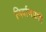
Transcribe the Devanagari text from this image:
निर्वाणप्राप्ति